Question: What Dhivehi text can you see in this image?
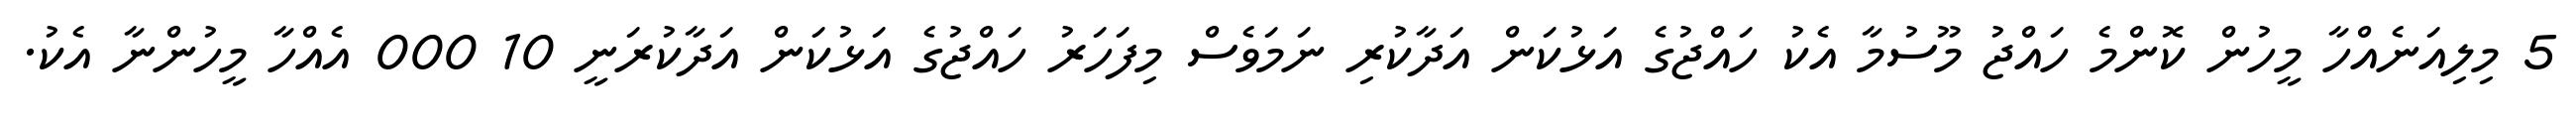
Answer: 5 މިލިއަނެއްހާ މީހުން ކޮންމެ ހައްޖު މޫސުމާ އެކު ހައްޖުގެ އަޅުކަން އަދާކުރި ނަމަވެސް މިފަހަރު ހައްޖުގެ އަޅުކަން އަދާކުރަނީ 10 000 އެއްހާ މީހުންނާ އެކު.